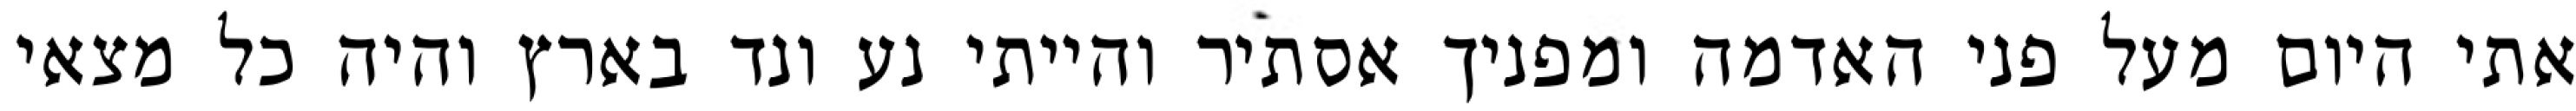
אתי היום מעל פני האדמה ומפניך אסתיר והייתי נע ונד בארץ והיה כל מצאי